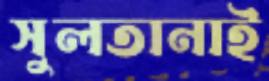
সুলতানাই